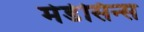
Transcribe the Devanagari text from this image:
मेडेसिन्स